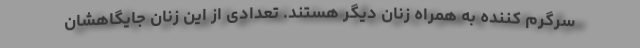
سرگرم کننده به همراه زنان دیگر هستند. تعدادی از این زنان جایگاهشان